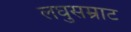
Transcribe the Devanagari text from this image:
लघुसम्राट